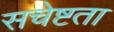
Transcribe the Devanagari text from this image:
सचेष्टता